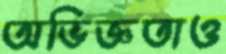
অভিজ্ঞতাও